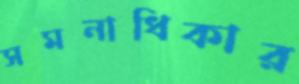
সমনাধিকার